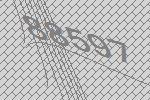
88597